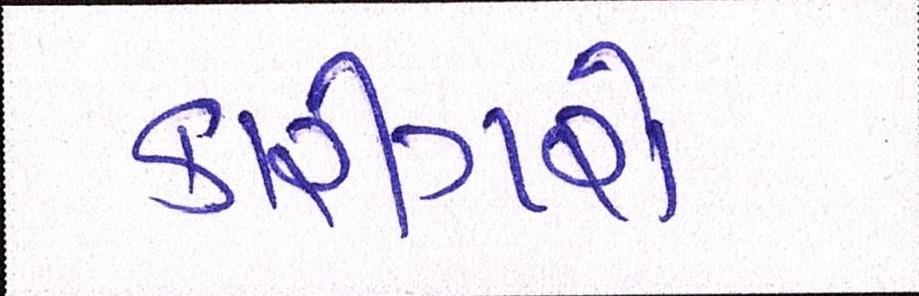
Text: કારીગરો